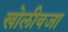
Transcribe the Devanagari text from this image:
खोलीवजा